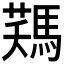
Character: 𩣻